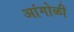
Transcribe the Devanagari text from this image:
आंगोळी